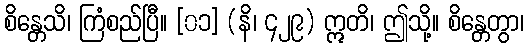
စိန္တေသိ၊ ကြံစည်ပြီ။ [၀၁] (နိ၊ ၄၂၉) ဣတိ၊ ဤသို့။ စိန္တေတွာ၊